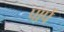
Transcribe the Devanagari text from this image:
पापें